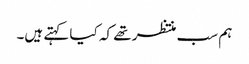
ہم سب منتظر تھے کہ کیا کہتے ہیں۔